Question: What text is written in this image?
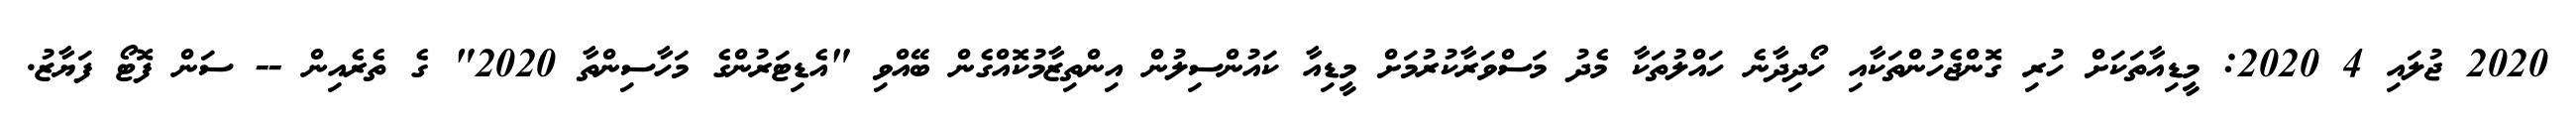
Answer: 2020 ޖުލައި 4 2020: މީޑިއާތަކަށް ހުރި ގޮންޖެހުންތަކާއި ހޯދިދާނެ ހައްލުތަކާ މެދު މަސްވަރާކުރުމަށް މީޑިއާ ކައުންސިލުން އިންތިޒާމުކޮއްގެން ބޭއްވި "އެޑިޓަރުންގެ މަހާސިންތާ 2020" ގެ ތެރެއިން -- ސަން ފޮޓޯ ފަޔާޒު.